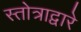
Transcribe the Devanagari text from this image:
स्तोत्राद्वारे